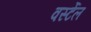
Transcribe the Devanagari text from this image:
वर्स्टेल